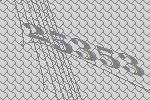
25353